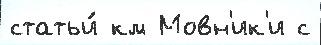
статьи́ км Мовн'ик'и с